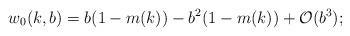
LaTeX: \begin{align*}w_0(k,b)=b(1-m(k))-b^2(1-m(k))+\mathcal{O}(b^3);\end{align*}